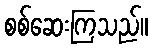
စစ်ဆေးကြသည်။